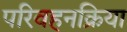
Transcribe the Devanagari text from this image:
परिवहनक्रिया